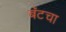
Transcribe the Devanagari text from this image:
बॅटचा